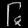
Digit: ၆